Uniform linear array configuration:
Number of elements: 12
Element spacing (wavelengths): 0.5
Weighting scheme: kaiser
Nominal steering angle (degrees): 45
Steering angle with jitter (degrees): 45.845
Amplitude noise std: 0.05
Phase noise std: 0.05

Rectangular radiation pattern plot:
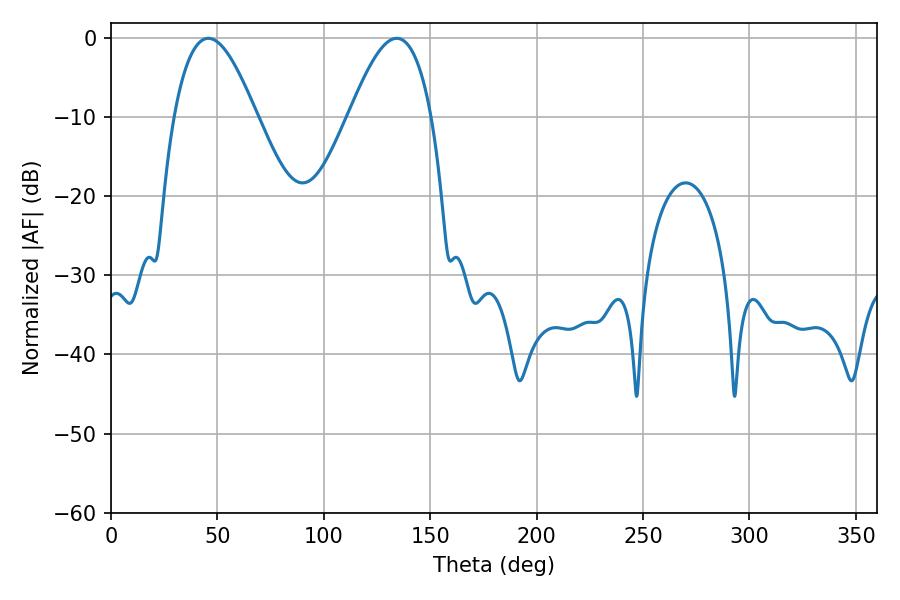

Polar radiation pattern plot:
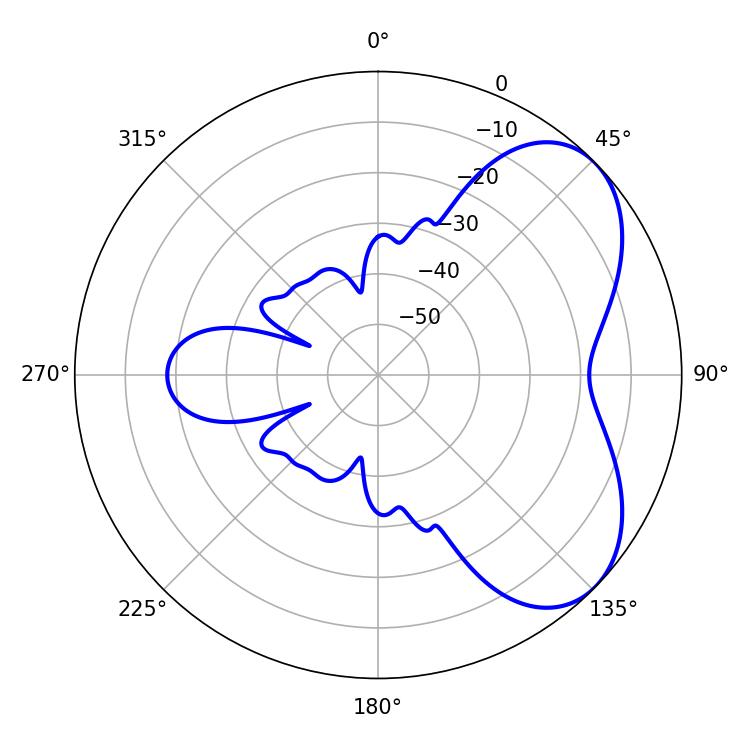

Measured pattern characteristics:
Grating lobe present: FALSE
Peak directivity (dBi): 5.321
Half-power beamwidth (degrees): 21.06
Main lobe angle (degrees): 45.72